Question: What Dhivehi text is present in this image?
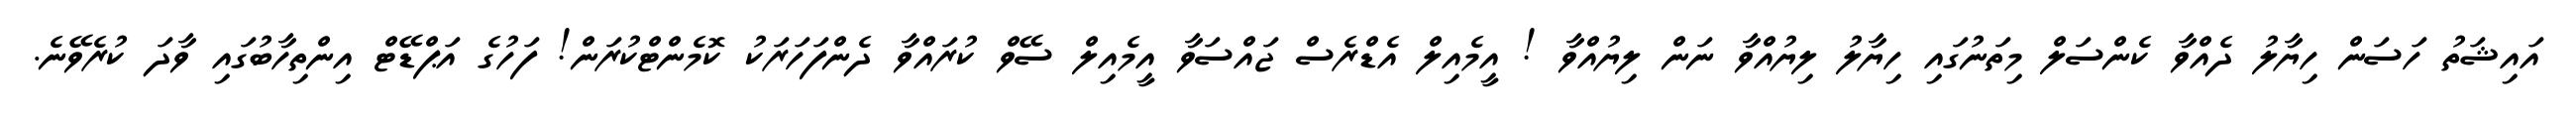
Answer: އައިޝަތު ހަސަން ހިޔާލު ދެއްވާ ކެންސަލް މިތަނުގައި ހިޔާލު ލިޔުއްވާ ނަން ލިޔުއްވާ ! އީމެއިލް އެޑްރެސް ޖައްސަވާ އީމެއިލް ސޭވް ކުރައްވާ ދެންފަހަރަކު ކޮމެންޓްކުރަން! ފަހުގެ އަޕްޑޭޓް އިންތިހާބުގައި ވާދަ ކުރެވޭނެ.